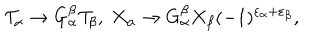
{ \cal T } _ { \alpha } \rightarrow G _ { \alpha } ^ { \beta } { \cal T } _ { \beta } , \; X _ { \alpha } \rightarrow G _ { \alpha } ^ { \beta } X _ { \beta } ( - 1 ) ^ { \varepsilon _ { \alpha } + \varepsilon _ { \beta } } ,